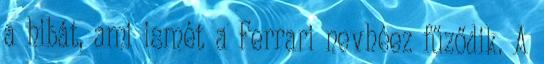
a hibát, ami ismét a Ferrari nevhéez fűződik. A